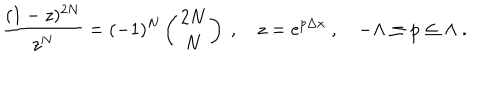
LaTeX: { \frac { ( 1 - z ) ^ { 2 N } } { z ^ { N } } } = ( - 1 ) ^ { N } \left( \begin{matrix} { { 2 N } } \\ { { N } } \\ \end{matrix} \right) \ , \quad z = e ^ { p \Delta x } \ , \quad - \Lambda \le p \le \Lambda \ .